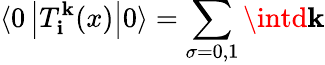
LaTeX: \langle0\left|T_{\mathbf{i}}^{\mathbf{k}}(x)\right|0\rangle=\sum_{\sigma=0,1}\intd{\mathbf{\mathbf{k}}}